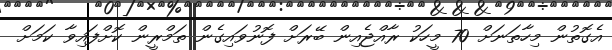
އެގޮތުން މިހާތަނަށް 70 މީހަކު ރާއްޖެއިން ބޭރަށް ފޮނުވައިގެން ތަމްރީން ކޮށްފައިވާ ކަމަށް